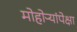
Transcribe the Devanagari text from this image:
मोहोऱ्यांपेक्षा